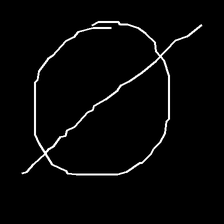
Glyph: orb